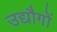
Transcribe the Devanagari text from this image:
उद्यौगों